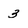
Character: 3